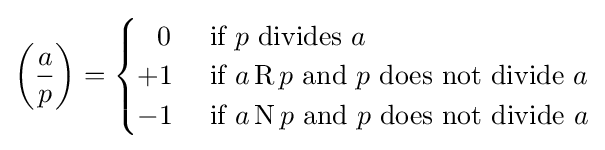
\left({\frac {a}{p}}\right)={\begin{cases}\;\;\,0&{\text{ if }}p{\text{ divides }}a\\+1&{\text{ if }}a\operatorname {R} p{\text{ and }}p{\text{ does not divide }}a\\-1&{\text{ if }}a\operatorname {N} p{\text{ and }}p{\text{ does not divide }}a\end{cases}}